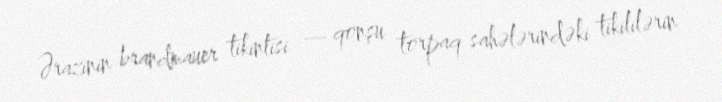
Ərazinin brandmauer tikintisi — qonşu torpaq sahələrindəki tikililərin